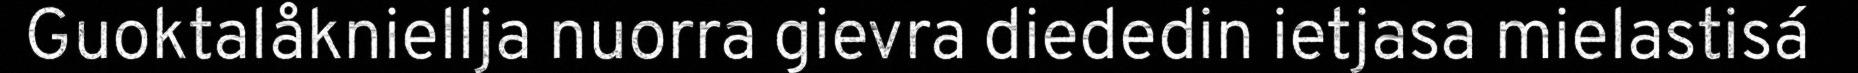
Guoktalåkniellja nuorra gievra diededin ietjasa mielastisá